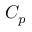
C _ { p }